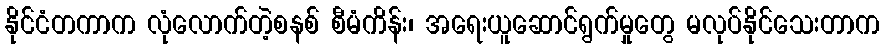
နိုင်ငံတကာက လုံလောက်တဲ့စနစ် စီမံကိန်း၊ အရေးယူဆောင်ရွက်မှုတွေ မလုပ်နိုင်သေးတာက